Laimjala_vallavalitsus, lk 27
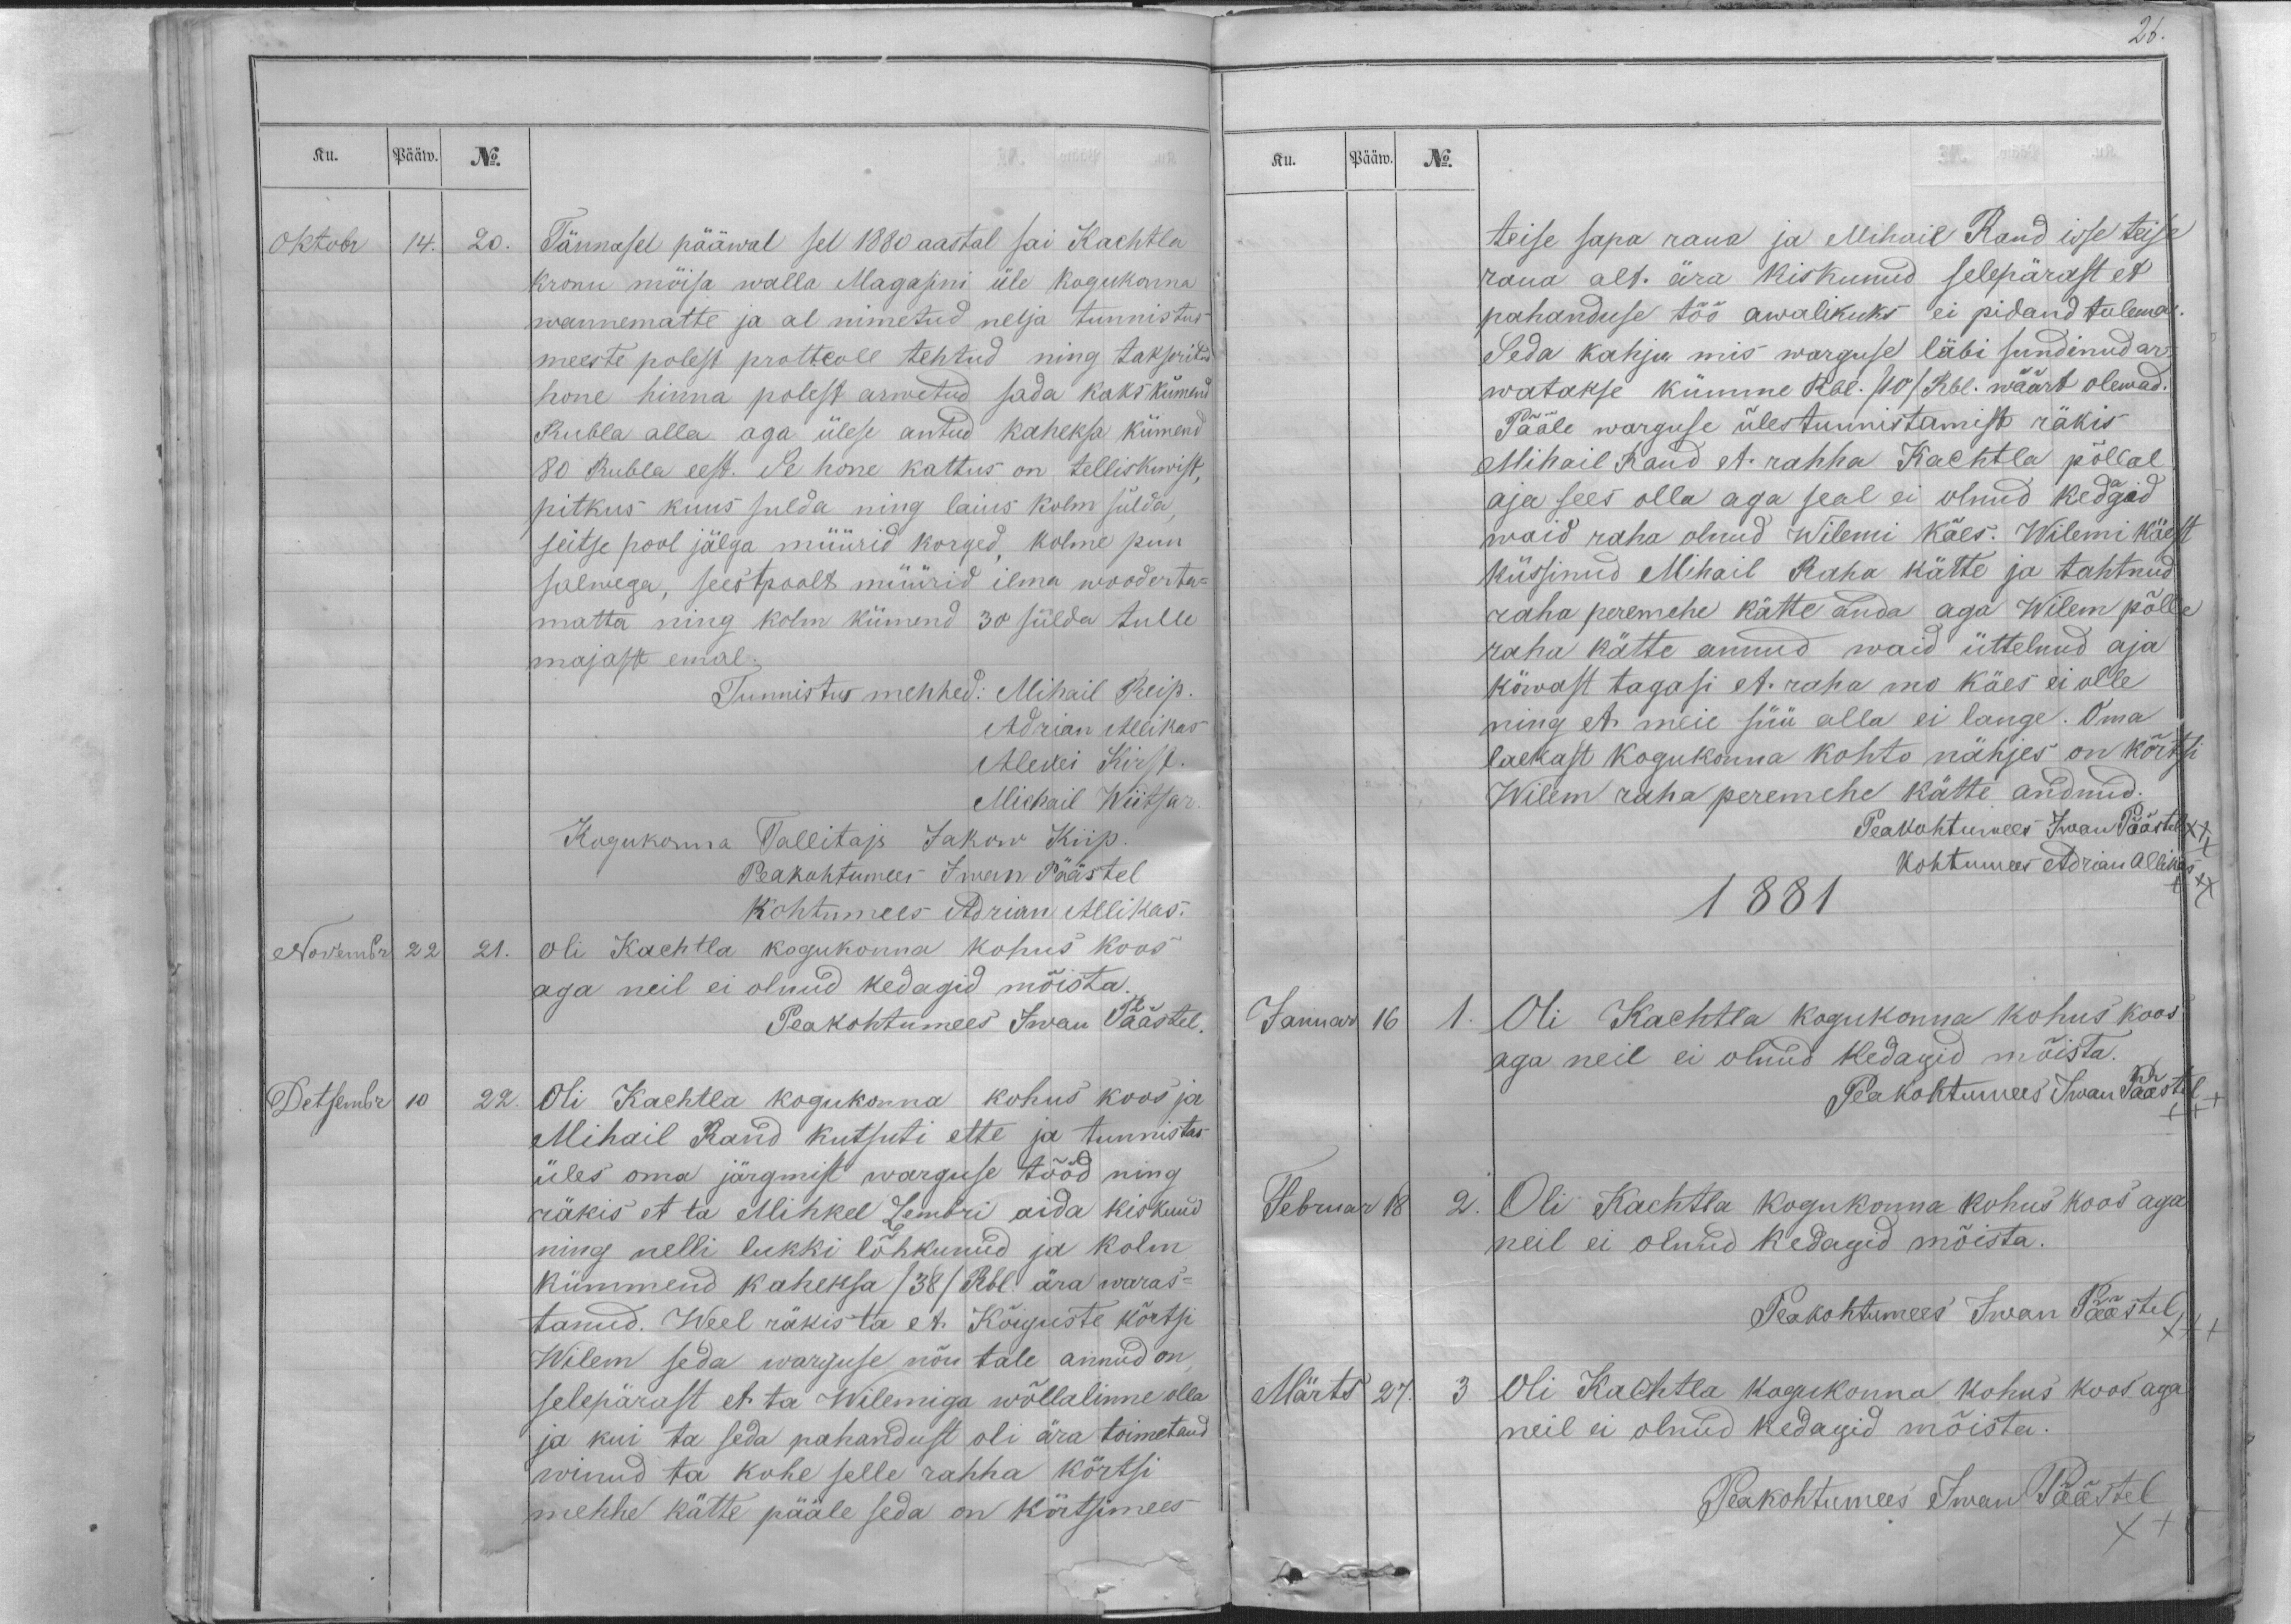
Ku.
Pääw.
No.
Oktobr
14.
20.
Tännasel pääwal sel 1880 aastal sai Kachtla
kronu mõisa walla Magasini üle kogukonna
wannematte ja al nimetud nelja tunnistus
meeste polest prottcoll tehtud ning takseritud
hone hinna polest arwetud sada kaks kümend
Rubla alla aga ülese antud kaheksa kümend
80 Rubla eest. Se hone kattus on telliskiwist,
pitkus kuus sulda ning laius kolm sülda,
seitse pool jälga müürid korged, kolme puu
salwega, seestpoolt müürid ilma wooderta-
matta ning kolm kümend 30 sülda tulle
majast emal.
Tunnistus mehhed: Mihail Reip.
Adrian Allikas
Alexei Kirst.
Michail Wiitsar.
Kogukonna Tallitaja Jakow Kiip.
Peakohtumees Iwan Päästel
kohtumees Adrian Allikas.
Novembr
22
21.
Oli Kachtla kogukonna kohus koos
aga neil ei olnud kedagid mõista.
Peakohtumees Iwan Päästel.
Detsembr
10
22.
Oli Kachtla kogukonna kohus koos ja
Mihail Rand kutsuti ette ja tunnistas
üles oma järgmist warguse tööd ning
räkis et ta Mihkel Lembri aida kiskund
ning nelli lukki lõhkunud ja kolm
kümmend kaheksa /38/ Rbl. ära waras-
tanud. Weel räkis ta et Kõiguste kõrtsi
Wilem seda warguse nõu tale annud on,
selepärast et ta Wilemiga wõllalinne olla
ja kui ta seda pahandust oli ära toimetand
winud ta kohe selle rahha kõrtsi
mehhe kätte pääle seda on kõrtsimees

26.
Ku.
Pääw.
No.
teise sapa raua ja Mihail Rand isse teise
raua alt ära kiskunud selepärast et
pahanduse töö awalikuks ei pidand tulema.
Seda kahju mis warguse läbi sundinud ar-
watakse kümme Rbl. /10/ Rbl. wäärt olewad.
Pääle warguse ülestunnistamist räkis
Mihail Rand et rahha Kachtla põllal
aja sees olla aga seal ei olnud kedagid
waid raha olnud Wilemi käes. Wilemi käest
küssinud Mihail Raha kätte ja tahtnud
raha peremehe kätte anda aga Wilem põlle
raha kätte annud waid üttelnud aja
köwast tagasi et raha mo käes ei olle
ning et meie süü alla ei lange. Oma
laekast kogukonna kohto nähjes on kõrtsi
Wilem raha peremehe kätte andnud.
Peakohtumees Iwan Päästel xx
Kohtumees Adrian Allikas
1881
XXX
Januar
16
1.
Oli Kachtla kogukonna kohus koos
aga neil ei olnud kedagid mõista.
Peakohtumees Iwan Päästel +
Februar
18
2.
Oli Kachtla kogukonna kohus koos aga
neil ei olnud kedagid mõista.
Peakohtumees Iwan Päästel
XXX
Märts
27.
3
Oli Kachtla kogukonna kohus koos aga
neil ei olnud kedagid mõista.
Peakohtumees Iwan Päästel
XX